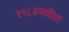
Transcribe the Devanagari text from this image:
१९८३मधील